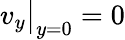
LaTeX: v_{y}\big|_{y=0}=0